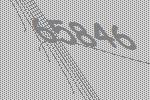
65846